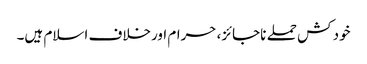
خود کش حملے ناجائز، حرام اورخلاف اسلام ہیں۔